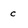
Character: C